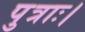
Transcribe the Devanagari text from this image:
पुत्राः।